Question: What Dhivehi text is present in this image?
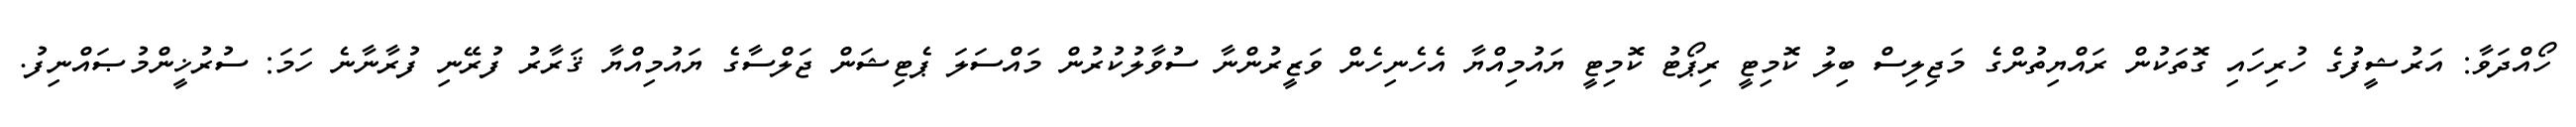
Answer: ހޯއްދަވާ: އަރުޝީފުގެ ހުރިހައި ގޮތަކުން ރައްޔިތުންގެ މަޖިލިސް ބިލު ކޮމިޓީ ރިޕޯޓު ކޮމިޓީ ޔައުމިއްޔާ އެހެނިހެން ވަޒީރުންނާ ސުވާލުކުރުން މައްސަލަ ޕެޓިޝަން ޖަލްސާގެ ޔައުމިއްޔާ ޤަރާރު ފުރޭނި ފުރާނާނެ ހަމަ: ސުރުޚީންމުޞައްނިފު.